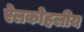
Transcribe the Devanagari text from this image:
ऐलकोहलीय